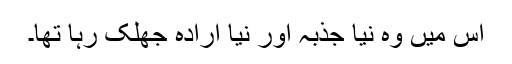
اس میں وہ نیا جذبہ اور نیا ارادہ جھلک رہا تھا۔